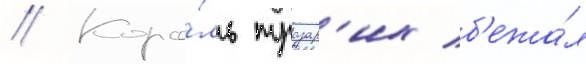
// Коро́ль тразар'их б'ежа́л